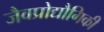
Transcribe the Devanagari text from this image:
जैवप्रोद्यौगिकी